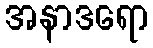
အနာဒရော